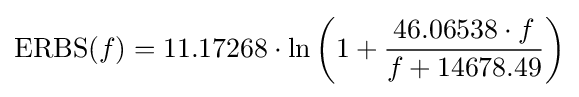
\mathrm {ERBS} (f)=11.17268\cdot \ln \left(1+{\frac {46.06538\cdot f}{f+14678.49}}\right)